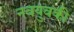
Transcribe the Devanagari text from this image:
नवयुवकी